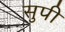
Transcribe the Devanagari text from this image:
सुपी